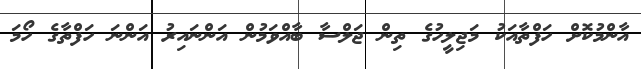
އާންމުކޮށް ހަފްތާއަކު މަޖިލީހުގެ ތިން ޖަލްސާ ބާއްވަމުން އަންނައިރު އަންނަ ހަފްތާގެ ހޯމަ